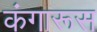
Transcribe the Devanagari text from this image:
कंगारूस